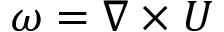
\omega = \nabla \times U